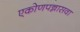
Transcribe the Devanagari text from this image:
एकोणपन्नासवा